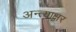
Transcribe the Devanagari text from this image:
अन्त्याक्षर